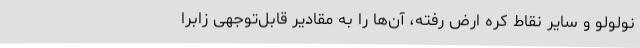
نولولو و سایر نقاط کره ارض رفته، آن‌ها را به مقادیر قابل‌توجهی زابرا